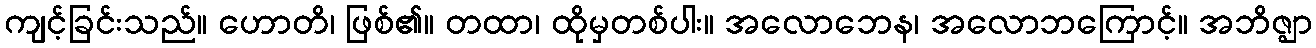
ကျင့်ခြင်းသည်။ ဟောတိ၊ ဖြစ်၏။ တထာ၊ ထိုမှတစ်ပါး။ အလောဘေန၊ အလောဘကြောင့်။ အဘိဇ္ဈာ